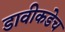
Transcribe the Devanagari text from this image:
डावीकडेच